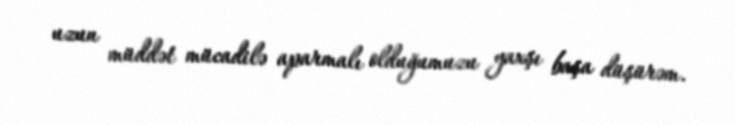
uzun müddət mücadilə aparmalı olduğumuzu yaxşı başa düşürəm.